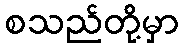
စသည်တို့မှာ